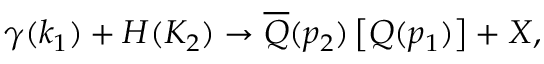
\gamma ( k _ { 1 } ) + H ( K _ { 2 } ) \rightarrow \overline { { { Q } } } ( p _ { 2 } ) \left[ Q ( p _ { 1 } ) \right] + X ,